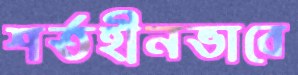
শর্তহীনভাবে